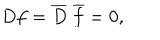
D f = { \overline { { D } } } ~ { \overline { { f } } } = 0 ,